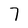
Character: 7